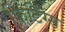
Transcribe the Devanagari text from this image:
फिटिंग्स